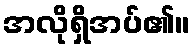
အလိုရှိအပ်၏။